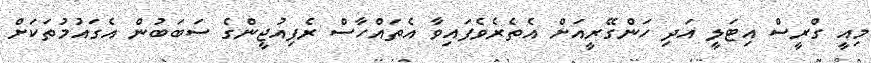
މިއީ ގްރީސް އިޓަލީ އަދި ހަންގޭރީއަށް އެތެރެވެފައިވާ އެތައްހާސް ރެފިއުޖީންގެ ސަބަބުން އެގައުމުތަކަށް